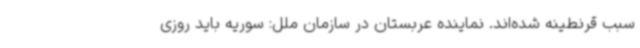
سبب قرنطینه شده‌اند. نماینده عربستان در سازمان ملل: سوریه باید روزی